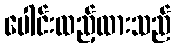
ပေါင်းထည့်ထားသည်